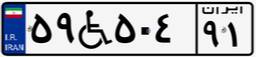
۵۹W۵۰۴۹۱